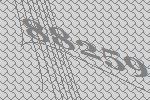
88259